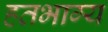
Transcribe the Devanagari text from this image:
हतभाग्य